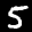
Label: 5